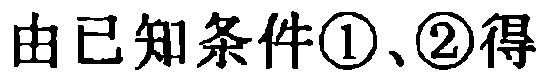
由已知条件\textcircled{1}、\textcircled{2}得